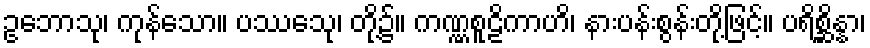
ဥဘောသု၊ ကုန်သော။ ပဿေသု၊ တို့၌။ ကဏ္ဏစူဠိကာဟိ၊ နားပန်းစွန်းတို့ဖြင့်။ ပရိစ္ဆိန္နာ၊